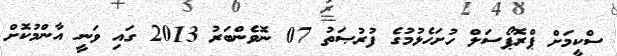
ސްކީމަށް ޕްރޮޕޯސަލް ހުށަހެޅުމުގެ ފުރުޞަތު 07 ނޮވެންބަރު 2013 ގައި ވަނީ އާންމުކޮށް